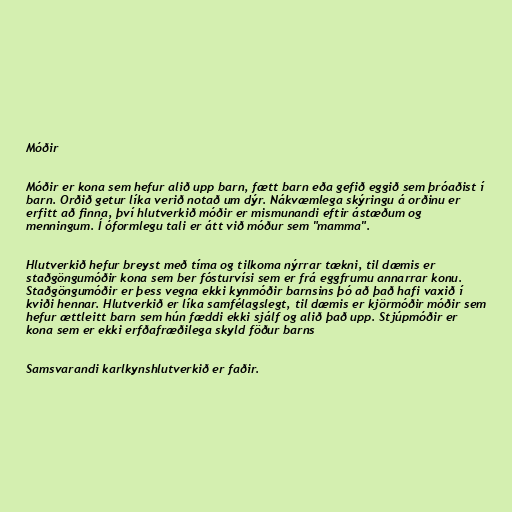
Móðir

Móðir er kona sem hefur alið upp barn, fætt barn eða gefið eggið sem þróaðist í
barn. Orðið getur líka verið notað um dýr. Nákvæmlega skýringu á orðinu er
erfitt að finna, því hlutverkið móðir er mismunandi eftir ástæðum og
menningum. Í óformlegu tali er átt við móður sem "mamma".

Hlutverkið hefur breyst með tíma og tilkoma nýrrar tækni, til dæmis er
staðgöngumóðir kona sem ber fósturvísi sem er frá eggfrumu annarrar konu.
Staðgöngumóðir er þess vegna ekki kynmóðir barnsins þó að það hafi vaxið í
kviði hennar. Hlutverkið er líka samfélagslegt, til dæmis er kjörmóðir móðir sem
hefur ættleitt barn sem hún fæddi ekki sjálf og alið það upp. Stjúpmóðir er
kona sem er ekki erfðafræðilega skyld föður barns

Samsvarandi karlkynshlutverkið er faðir.